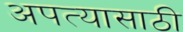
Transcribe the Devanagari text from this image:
अपत्यासाठी